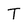
Character: T